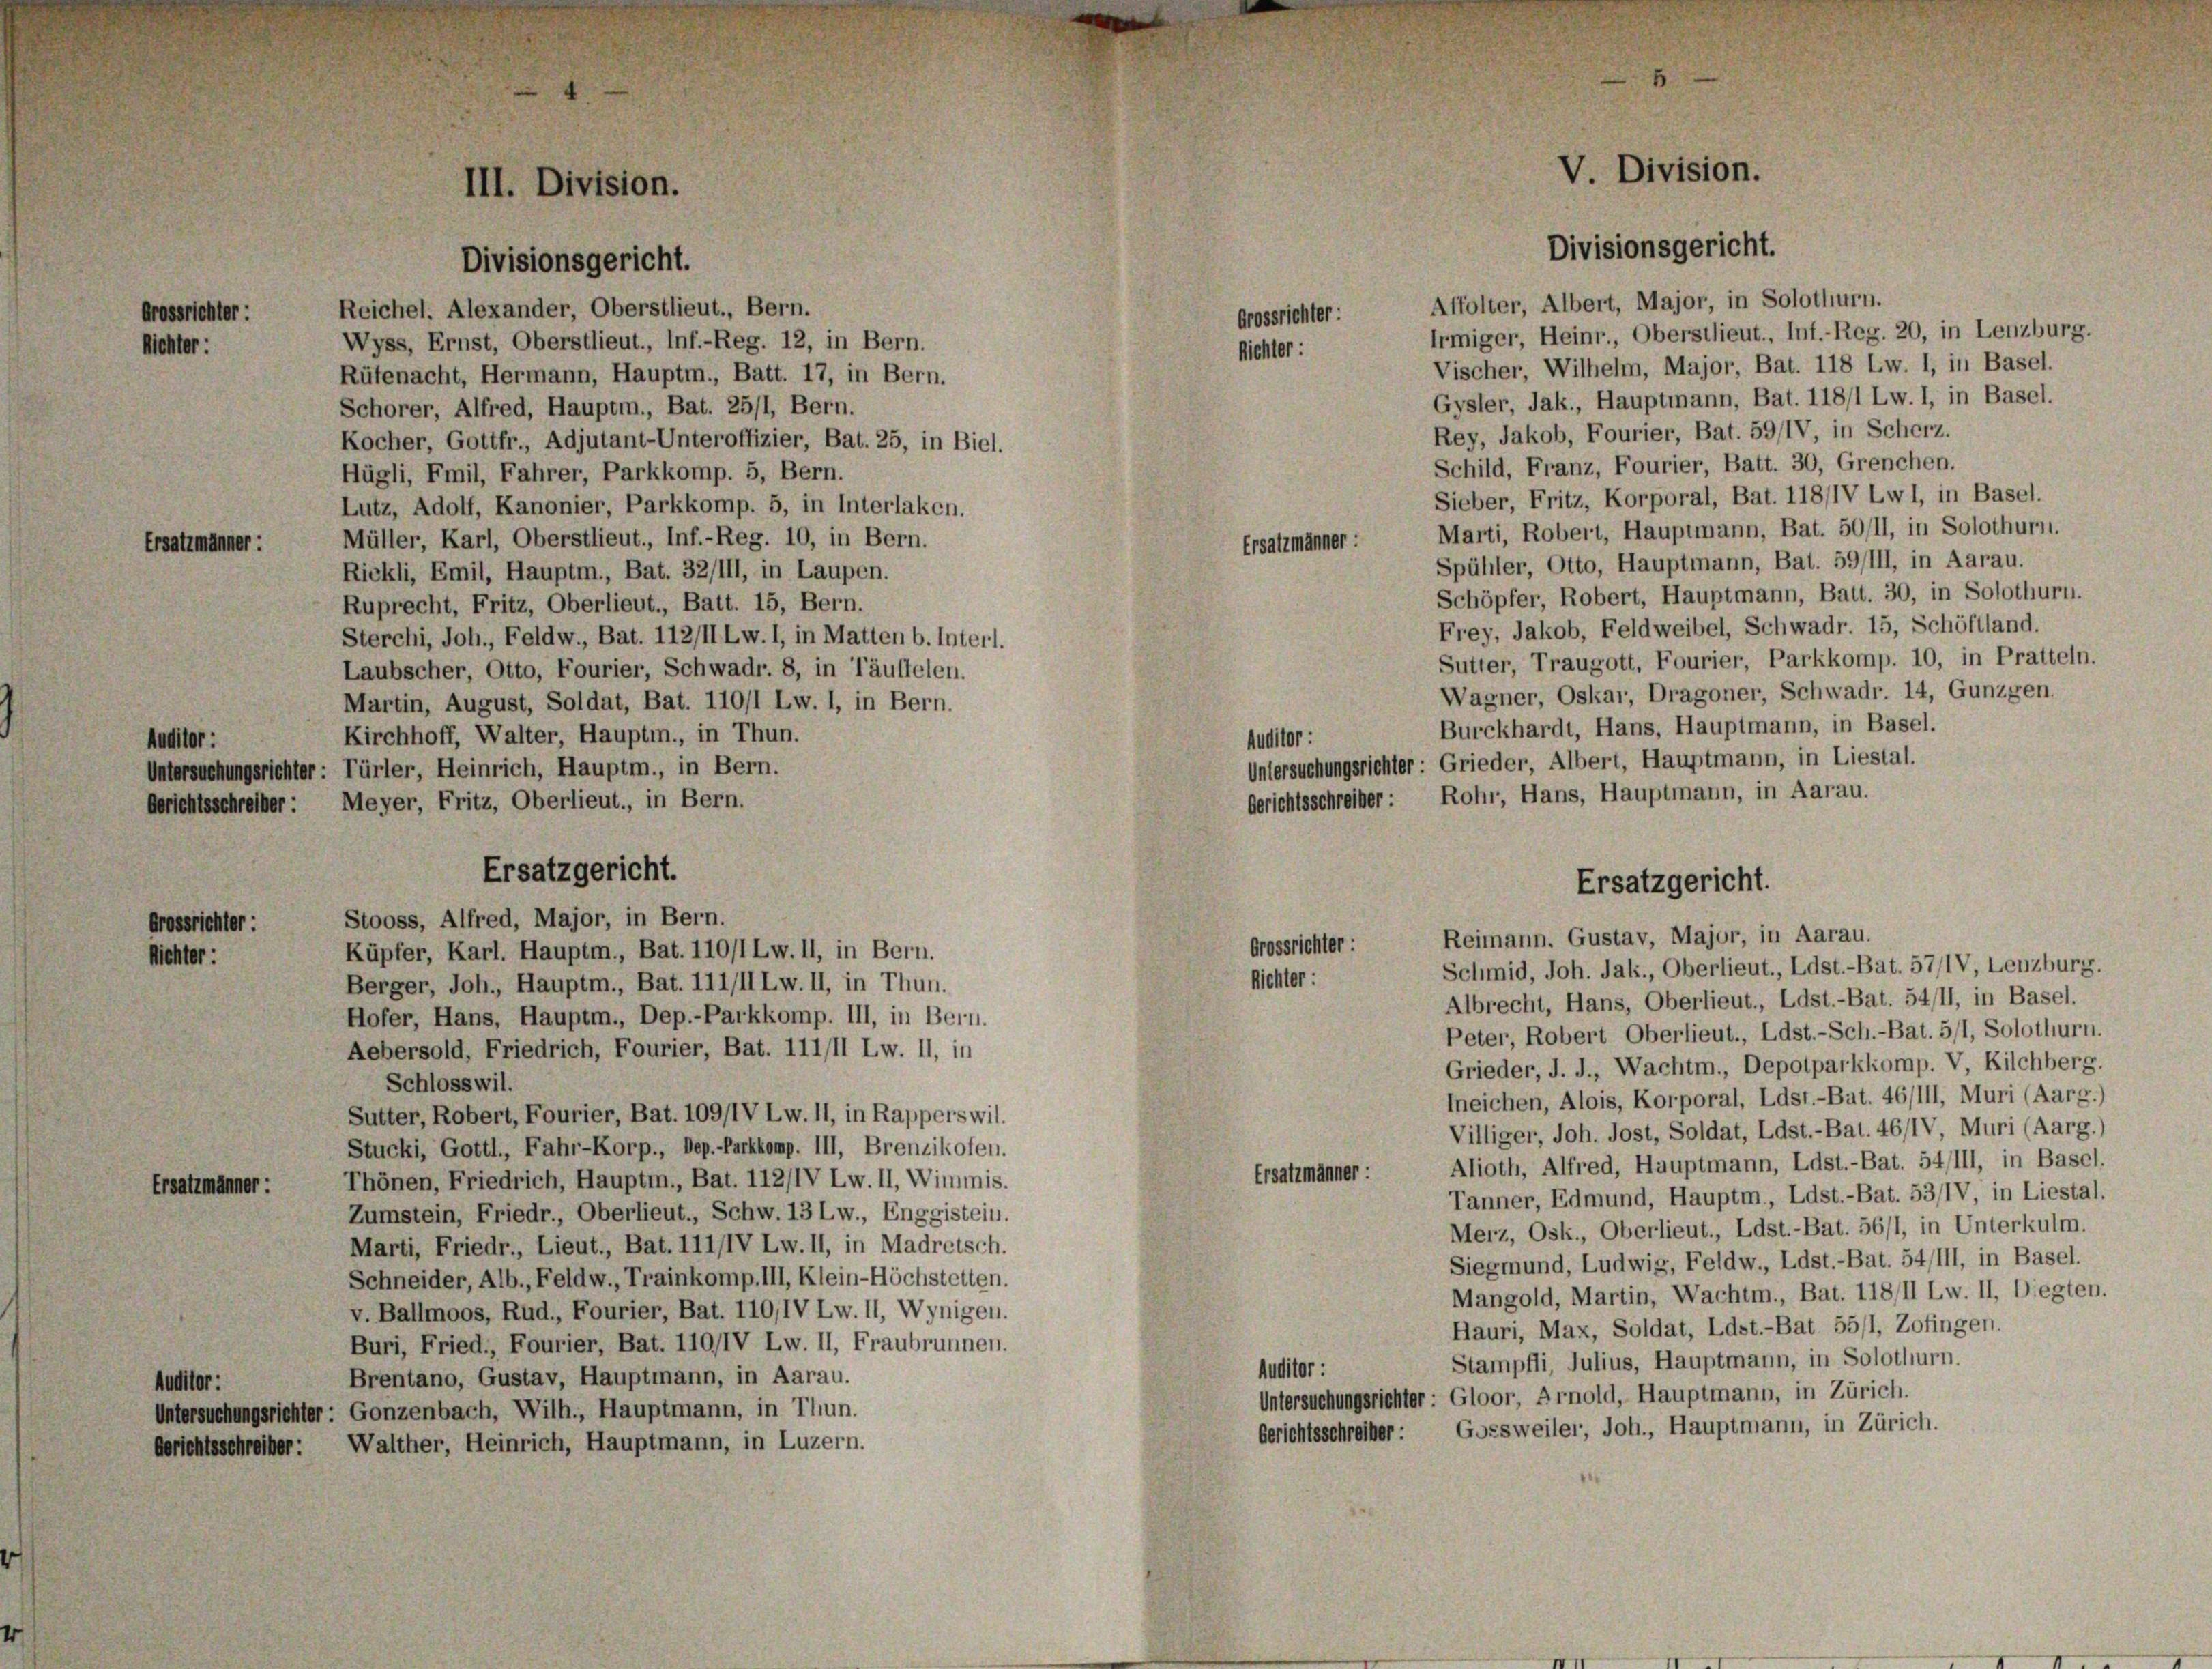
Grossrichter:
Richter:

rsatzmänner:

Auditor :

III. Division.

Divisionsgericht.

Reichel. Alexander, Oberstlieut., Bern.
Wyss, Ernst, Oberstlieut., Inf.-Reg. 12, in Bern.
Rüfenacht, Hermann, Hauptm., Batt. 17, in Bern.
Schorer, Alfred, Hauptm., Bat. 25/1, Bern.
Kocher, Gottfr., Adjutant-Unteroffizier, Bat. 25, in Biel.
Hügli, Emil, Fahrer, Parkkomp. 5, Bern.
Lutz, Adolf, Kanonier, Parkkomp. 5, in Interlaken.
Müller, Karl, Oberstlieut. Inf.-Reg. 10, in Bern.
Rickli, Emil, Hauptm., Bat. 32/III, in Laupen.
Ruprecht, Fritz, Oberlieut., Batt. 15, Bern.
Sterchi, Joh., Feldw., Bat. 112/II Lw. 1, in Matten b. Interl.
Laubscher, Otto, Fourier, Schwadr. 8, in Täuffelen.
Martin, August, Soldat, Bat. 110/1 Lw. 1, in Bern.
Kirchhoff, Walter, Hauptm., in Thun.
Untersuchungsrichter: Türler, Heinrich, Hauptm., in Bern.
Gerichtsschreiber: Meyer, Fritz, Oberlieut., in Bern.
Stooss, Alfred, Major, in Bern.
Grossrichter:
Küpfer, Karl. Hauptm., Bat. 110/1 Lw. II, in Bern.
Richter:
Berger, Joh., Hauptm., Bat. 111/II Lw. II, in Thun.
Hofer, Hans, Hauptm., Dep.-Parkkomp. III, in Bern.
Aebersold, Friedrich, Fourier, Bat. 111/11 Lw. II, in
Schloss wil.
Sutter, Robert, Fourier, Bat. 109/IV Lw. 11, in Rapperswil.
Stucki, Gottl., Fahr-Korp., Dep.-Parkkomp. III, Brenzikofen.
Thönen, Friedrich, Hauptm., Bat. 112/IV Lw. II, Wimmnis.
Ersatzmänner:
Zumstein, Friedr., Oberlieut., Schw. 13 Lw., Enggistein.
Marti, Friedr., Lieut., Bat. 111/IV Lw. II, in Madretsch.
Schneider, Alb., Feldw., Trainkomp. III, Klein-Höchstellen.
v. Ballmoos, Rud., Fourier, Bat. 110,IV Lw. II, Wynigen.
Buri, Fried., Fourier, Bat. 110/IV Lw. II, Fraubrunnen.
Brentano, Gustav, Hauptmann, in Aarau.
Auditor :
Untersuchungsrichter: Gonzenbach, Wilh., Hauptmann, in Thun.
Gerichtsschreiber: Walther, Heinrich, Hauptmann, in Luzern.

Ersatzgericht.

Irmiger, Heinr., Oberstlieut., Inf.-Reg. 20, in Lenzburg.
Vischer, Wilhelm, Major, Bat. 118 Lw. 1, in Basel.
Gysler, Jak., Hauptmann, Bat. 118/1 Lw. I, in Basel.
Rey, Jakob, Fourier, Bat. 59/IV, in Scherz.
Schild, Franz, Fourier, Batt. 30, Grenchen.
Sieber, Fritz, Korporal, Bat. 118/IV Lwl, in Basel.
Marti, Robert, Hauptmann, Bat. 50/11, in Solothurn.
Spühler, Otto, Hauptmann, Bat. 59/III, in Aarau.
Schöpfer, Robert, Hauptmann, Batt. 30, in Solothurn.
Frey, Jakob, Feldweibel, Schwadr. 15, Schöftland.
Sutter, Traugott, Fourier, Parkkomp. 10, in Pratteln.
Wagner, Oskar, Dragoner, Schwadr. 14, Gunzgen.
Burckhardt, Hans, Hauptmann, in Basel.
Auditor :
Untersuchungsrichter: Grieder, Albert, Hauptmann, in Liestal.
Gerichtsschreiber: Rohr, Hans, Hauptmann, in Aarau.

Ersatzmänner:

Grossrichter:
Richter:

Grossrichter:
Richter:

Schmid, Joh. Jak., Oberlieut., Ldst.-Bat. 57/IV, Lenzburg.
Albrecht, Hans, Oberlieut., Ldst.-Bat. 54/11, in Basel.
Peter, Robert Oberlieut., Ldst.- Sch.-Bat. 511, Solothurn.
Grieder, J. J., Wachtm., Depotparkkomp. V, Kilchberg.
lneichen, Alois, Korporal, Ldst.-Bat. 46/III, Muri (Aarg.)
Villiger, Joh. Jost, Soldat, Ldst.-Bat. 46/IV, Muri (Aarg.)
Alioth, Alfred, Hauptmann, Ldst.-Bat. 54/111, in Basel.
Tanner, Edmund, Hauptm, Ldst.-Bat. 53/IV, in Liestal.
Merz, Osk., Oberlieut., Ldst.-Bat. 56/1, in Unterkulm.
Siegmund, Ludwig, Feldw., Ldst.-Bat. 54/III, in Basel.
Mangold, Martin, Wachtm., Bat. 118/11 Lw. II, Diegten.
Hauri, Max, Soldat, Ldst.-Bat 55/1, Zofingen.
Stampfli, Julius, Hauptmann, in Solothurn.
Auditor :
Untersuchungsrichter: Gloor, Arnold, Hauptmann, in Zürich.
Gerichtsschreiber: Gossweiler, Joh., Hauptmann, in Zürich.

Ersatzmänner:

V. Division.
Divisionsgericht.

Affolter, Albert, Major, in Solothurn.

Ersatzgericht.
Reimann. Gustav, Major, in Aarau.